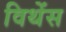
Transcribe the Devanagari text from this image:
विथेंस